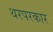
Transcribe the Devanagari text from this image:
थरपरकार